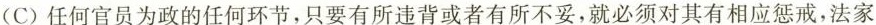
(C)任何官员为政的任何环节，只要有所违背或者有所不妥，就必须对其有相应惩戒，法家